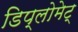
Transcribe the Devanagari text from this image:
डिप्लोमेट्